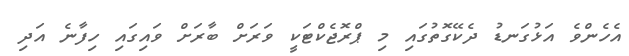
އެހެންވެ އަޅުގަނޑު ދެކޭގޮތުގައި މި ޕްރޮޖެކްޓަކީ ވަރަށް ބާރަށް ވައިގައި ހިފާނެ އަދި